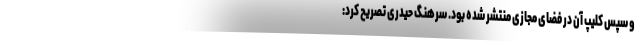
و سپس کلیپ آن در فضای مجازی منتشر شده بود. سرهنگ حیدری تصریح کرد: